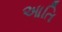
આતિ